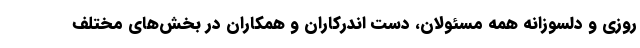
روزی و دلسوزانه همه مسئولان، دست اندرکاران و همکاران در بخش‌های مختلف